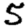
Digit: 5